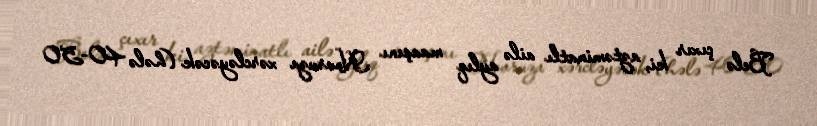
Belə çıxır ki, aztəminatlı ailə aylıq maaşını Novruza xərcləyəcək (hələ 40-50